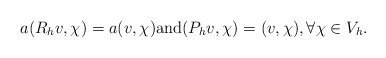
\begin{align*} a(R_h v, \chi)=a(v,\chi){\rm and} (P_h v,\chi)=(v,\chi),\forall \chi \in V_h.\end{align*}